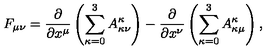
F _ { \mu \nu } = \frac { \partial } { \partial x ^ { \mu } } \left( \sum _ { \kappa = 0 } ^ { 3 } A _ { \kappa \nu } ^ { \kappa } \right) - \frac { \partial } { \partial x ^ { \nu } } \left( \sum _ { \kappa = 0 } ^ { 3 } A _ { \kappa \mu } ^ { \kappa } \right) ,